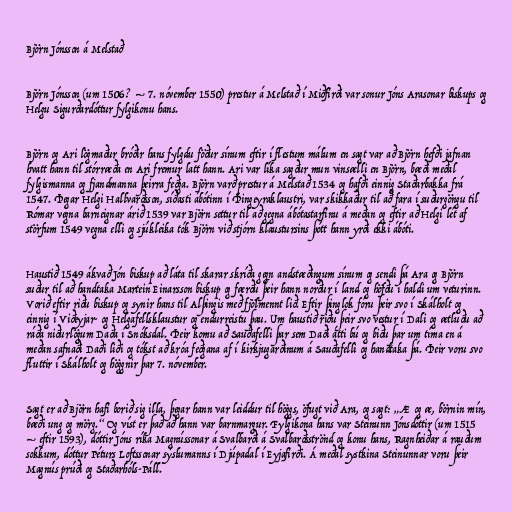
Björn Jónsson á Melstað

Björn Jónsson (um 1506? – 7. nóvember 1550) prestur á Melstað í Miðfirði var sonur Jóns Arasonar biskups og
Helgu Sigurðardóttur fylgikonu hans.

Björn og Ari lögmaður bróðir hans fylgdu föður sínum eftir í flestum málum en sagt var að Björn hefði jafnan
hvatt hann til stórræða en Ari fremur latt hann. Ari var líka sagður mun vinsælli en Björn, bæði meðal
fylgismanna og fjandmanna þeirra feðga. Björn varð prestur á Melstað 1534 og hafði einnig Staðarbakka frá
1547. Þegar Helgi Hallvarðsson, síðasti ábótinn í Þingeyraklaustri, var skikkaður til að fara í suðurgöngu til
Rómar vegna barneignar árið 1539 var Björn settur til að gegna ábótastarfinu á meðan og eftir að Helgi lét af
störfum 1549 vegna elli og sjúkleika tók Björn við stjórn klaustursins þótt hann yrði ekki ábóti.

Haustið 1549 ákvað Jón biskup að láta til skarar skríða gegn andstæðingum sínum og sendi þá Ara og Björn
suður til að handtaka Martein Einarsson biskup og færðu þeir hann norður í land og höfðu í haldi um veturinn.
Vorið eftir riðu biskup og synir hans til Alþingis með fjölmennt lið. Eftir þinglok fóru þeir svo í Skálholt og
einnig í Viðeyjar- og Helgafellsklaustur og endurreistu þau. Um haustið riðu þeir svo vestur í Dali og ætluðu að
ráða niðurlögum Daða í Snóksdal. Þeir komu að Sauðafelli þar sem Daði átti bú og biðu þar um tíma en á
meðan safnaði Daði liði og tókst að króa feðgana af í kirkjugarðinum á Sauðafelli og handtaka þá. Þeir voru svo
fluttir í Skálholt og höggnir þar 7. nóvember.

Sagt er að Björn hafi borið sig illa, þegar hann var leiddur til höggs, öfugt við Ara, og sagt: „Æ og æ, börnin mín,
bæði ung og mörg.“ Og víst er það að hann var barnmargur. Fylgikona hans var Steinunn Jónsdóttir (um 1515
– eftir 1593), dóttir Jóns ríka Magnússonar á Svalbarði á Svalbarðsströnd og konu hans, Ragnheiðar á rauðum
sokkum, dóttur Péturs Loftssonar sýslumanns í Djúpadal í Eyjafirði. Á meðal systkina Steinunnar voru þeir
Magnús prúði og Staðarhóls-Páll.